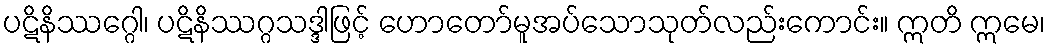
ပဋိနိဿဂ္ဂေါ၊ ပဋိနိဿဂ္ဂသဒ္ဒါဖြင့် ဟောတော်မူအပ်သောသုတ်လည်းကောင်း။ ဣတိ ဣမေ၊